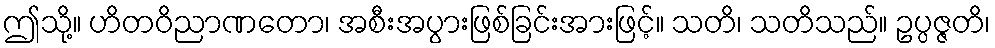
ဤသို့။ ဟိတဝိညာဏတော၊ အစီးအပွားဖြစ်ခြင်းအားဖြင့်။ သတိ၊ သတိသည်။ ဥပ္ပဇ္ဇတိ၊